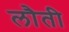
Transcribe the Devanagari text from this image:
लौती